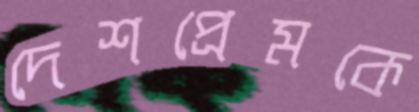
দেশপ্রেমকে